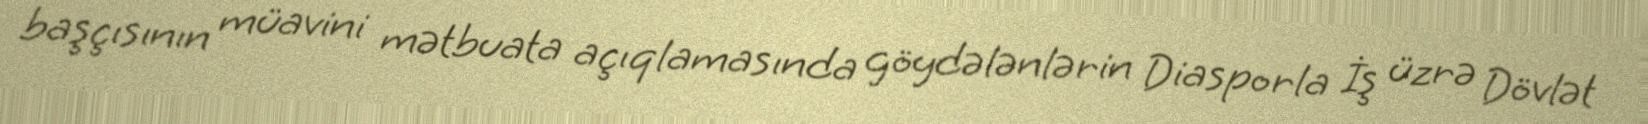
başçısının müavini mətbuata açıqlamasında göydələnlərin Diasporla İş üzrə Dövlət